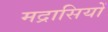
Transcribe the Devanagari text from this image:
मद्रासियों